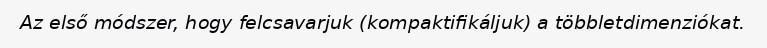
Az első módszer, hogy felcsavarjuk (kompaktifikáljuk) a többletdimenziókat.